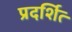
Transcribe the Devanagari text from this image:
प्रदर्शित्‍